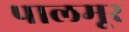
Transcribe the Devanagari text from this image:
पालमूर